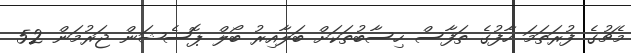
މެޗުގެ ފުރަތަމަ ހާފުގެ ތަފާސް ހިސާބުތަކަށް ބަލާއިރު ބޯލް ޕޮސެޝަން ޖަރުމަން 52